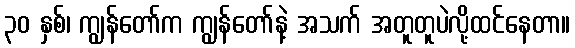
၃၀ နှစ်၊ ကျွန်တော်က ကျွန်တော်နဲ့ အသက် အတူတူပဲလို့ထင်နေတာ။